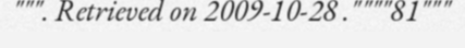
""". Retrieved on 2009-10-28 .""""81"""